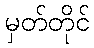
မှတ်တိုင်